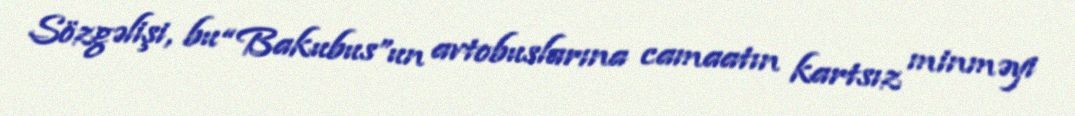
Sözgəlişi, bu “Bakubus”un avtobuslarına camaatın kartsız minməyi